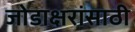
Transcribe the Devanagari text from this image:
जोडाक्षरांसाठी